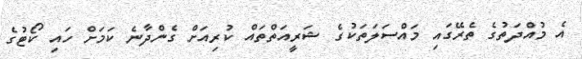
އެ މުއްދަތުގެ ތެރޭގައި މައްސަލަތަކުގެ ޝަރީއަތްތައް ކުރިއަށް ގެންދާނެ ކަމަށް ހައި ކޯޓުގެ